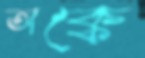
অক্কে